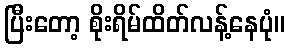
ပြီးတော့ စိုးရိမ်ထိတ်လန့်နေပုံ။